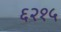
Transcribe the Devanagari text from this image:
६२१५